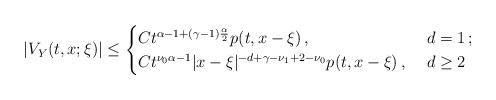
LaTeX: \begin{align*}|V_Y(t, x; \xi)|\leq \begin{cases} Ct^{\alpha -1+(\gamma-1)\frac\alpha2} p(t, x-\xi)\,, & \ d=1\,;\\Ct^{\nu_0 \alpha-1}|x-\xi|^{-d+\gamma-\nu_1+2-\nu_0} p(t, x-\xi)\,, & \ d\geq 2 \\\end{cases}\end{align*}